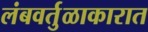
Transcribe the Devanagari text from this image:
लंबवर्तुळाकारात